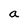
Character: a